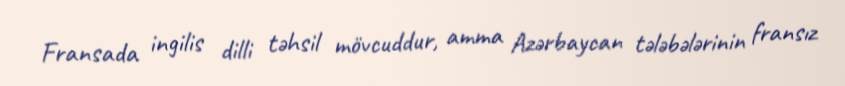
Fransada ingilis dilli təhsil mövcuddur, amma Azərbaycan tələbələrinin fransız